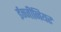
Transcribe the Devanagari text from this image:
ईन्जीनियर